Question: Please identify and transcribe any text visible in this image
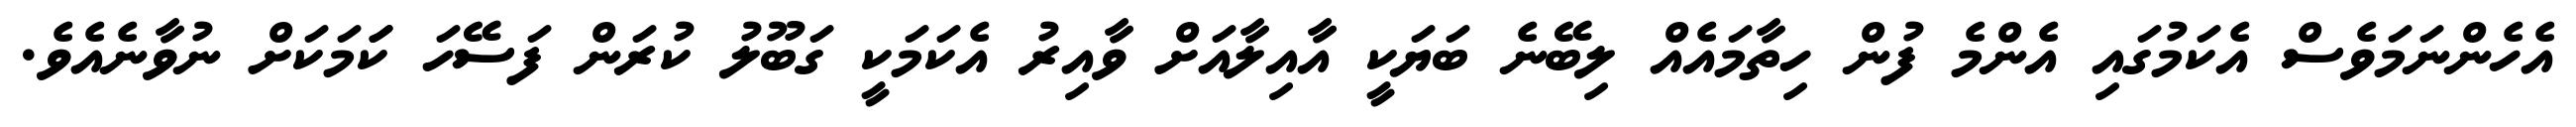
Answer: އެހެންނަމަވެސް އެކަމުގައި އެންމެ ފުން ހިތާމައެއް ލިބޭނެ ބަޔަކީ އާއިލާއަށް ވާއިރު އެކަމަކީ ގަބޫލު ކުރަން ފަސޭހަ ކަަމަކަށް ނުވާނެއެވެ.